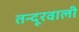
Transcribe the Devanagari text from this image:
तन्दूरवाली